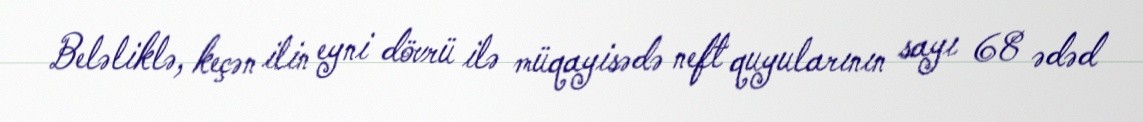
Beləliklə, keçən ilin eyni dövrü ilə müqayisədə neft quyularının sayı 68 ədəd